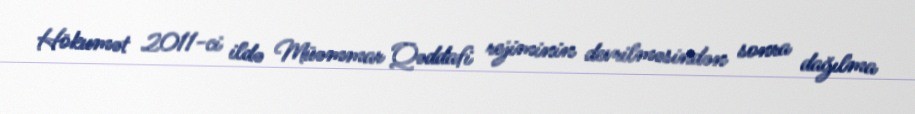
Hökumət 2011-ci ildə Müəmmar Qəddafi rejiminin devrilməsindən sonra dağılma